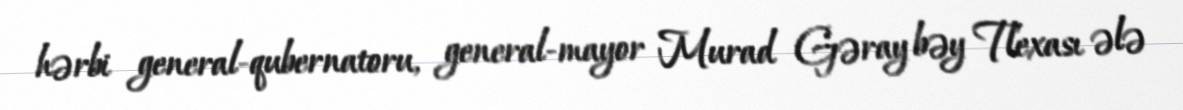
hərbi general-qubernatoru, general-mayor Murad Gəray bəy Tlexası ələ